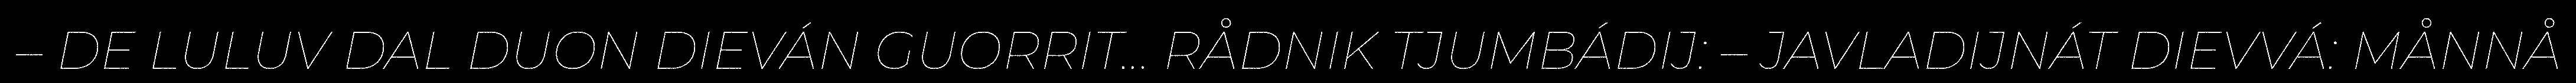
– DE LULUV DAL DUON DIEVÁN GUORRIT... RÅDNIK TJUMBÁDIJ: – JAVLADIJNÁT DIEVVÁ: MÅNNÅ